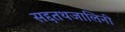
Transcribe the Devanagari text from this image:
सद्दतथजालिनी